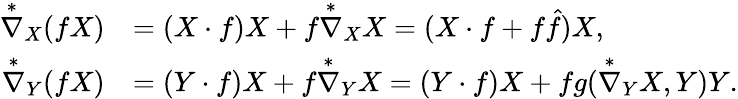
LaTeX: \begin{array}{rl}{\overset{*}{\nabla}_{X}(fX)}&{=(X\cdot f)X+f\overset{*}{\nabla}_{X}X=(X\cdot f+f\hat{f})X,}\\ {\overset{*}{\nabla}_{Y}(fX)}&{=(Y\cdot f)X+f\overset{*}{\nabla}_{Y}X=(Y\cdot f)X+fg(\overset{*}{\nabla}_{Y}X,Y)Y.}\end{array}